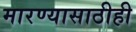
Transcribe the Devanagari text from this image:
मारण्यासाठीही